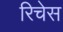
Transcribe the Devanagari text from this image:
रिचेस